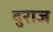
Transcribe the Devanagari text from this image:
दुराज